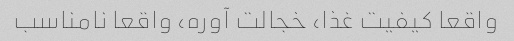
واقعا کیفیت غذا، خجالت آوره، واقعا نامناسب